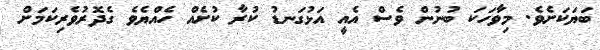
ބަޔަކަށެވެ. މިވާހަކަ ބުނުން ވެސް އެއީ އަޅުގަނޑު ކުރާ ކުށެއް ހެއްޔެވެ ގެދޮރުވެރިކަމަށް